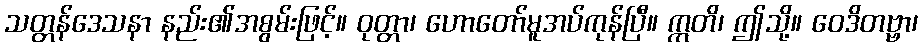
သတ္တန်ဒေသနာ နည်း၏အစွမ်းဖြင့်။ ဝုတ္တာ၊ ဟောတော်မူအပ်ကုန်ပြီ။ ဣတိ၊ ဤသို့။ ဝေဒိတဗ္ဗာ၊